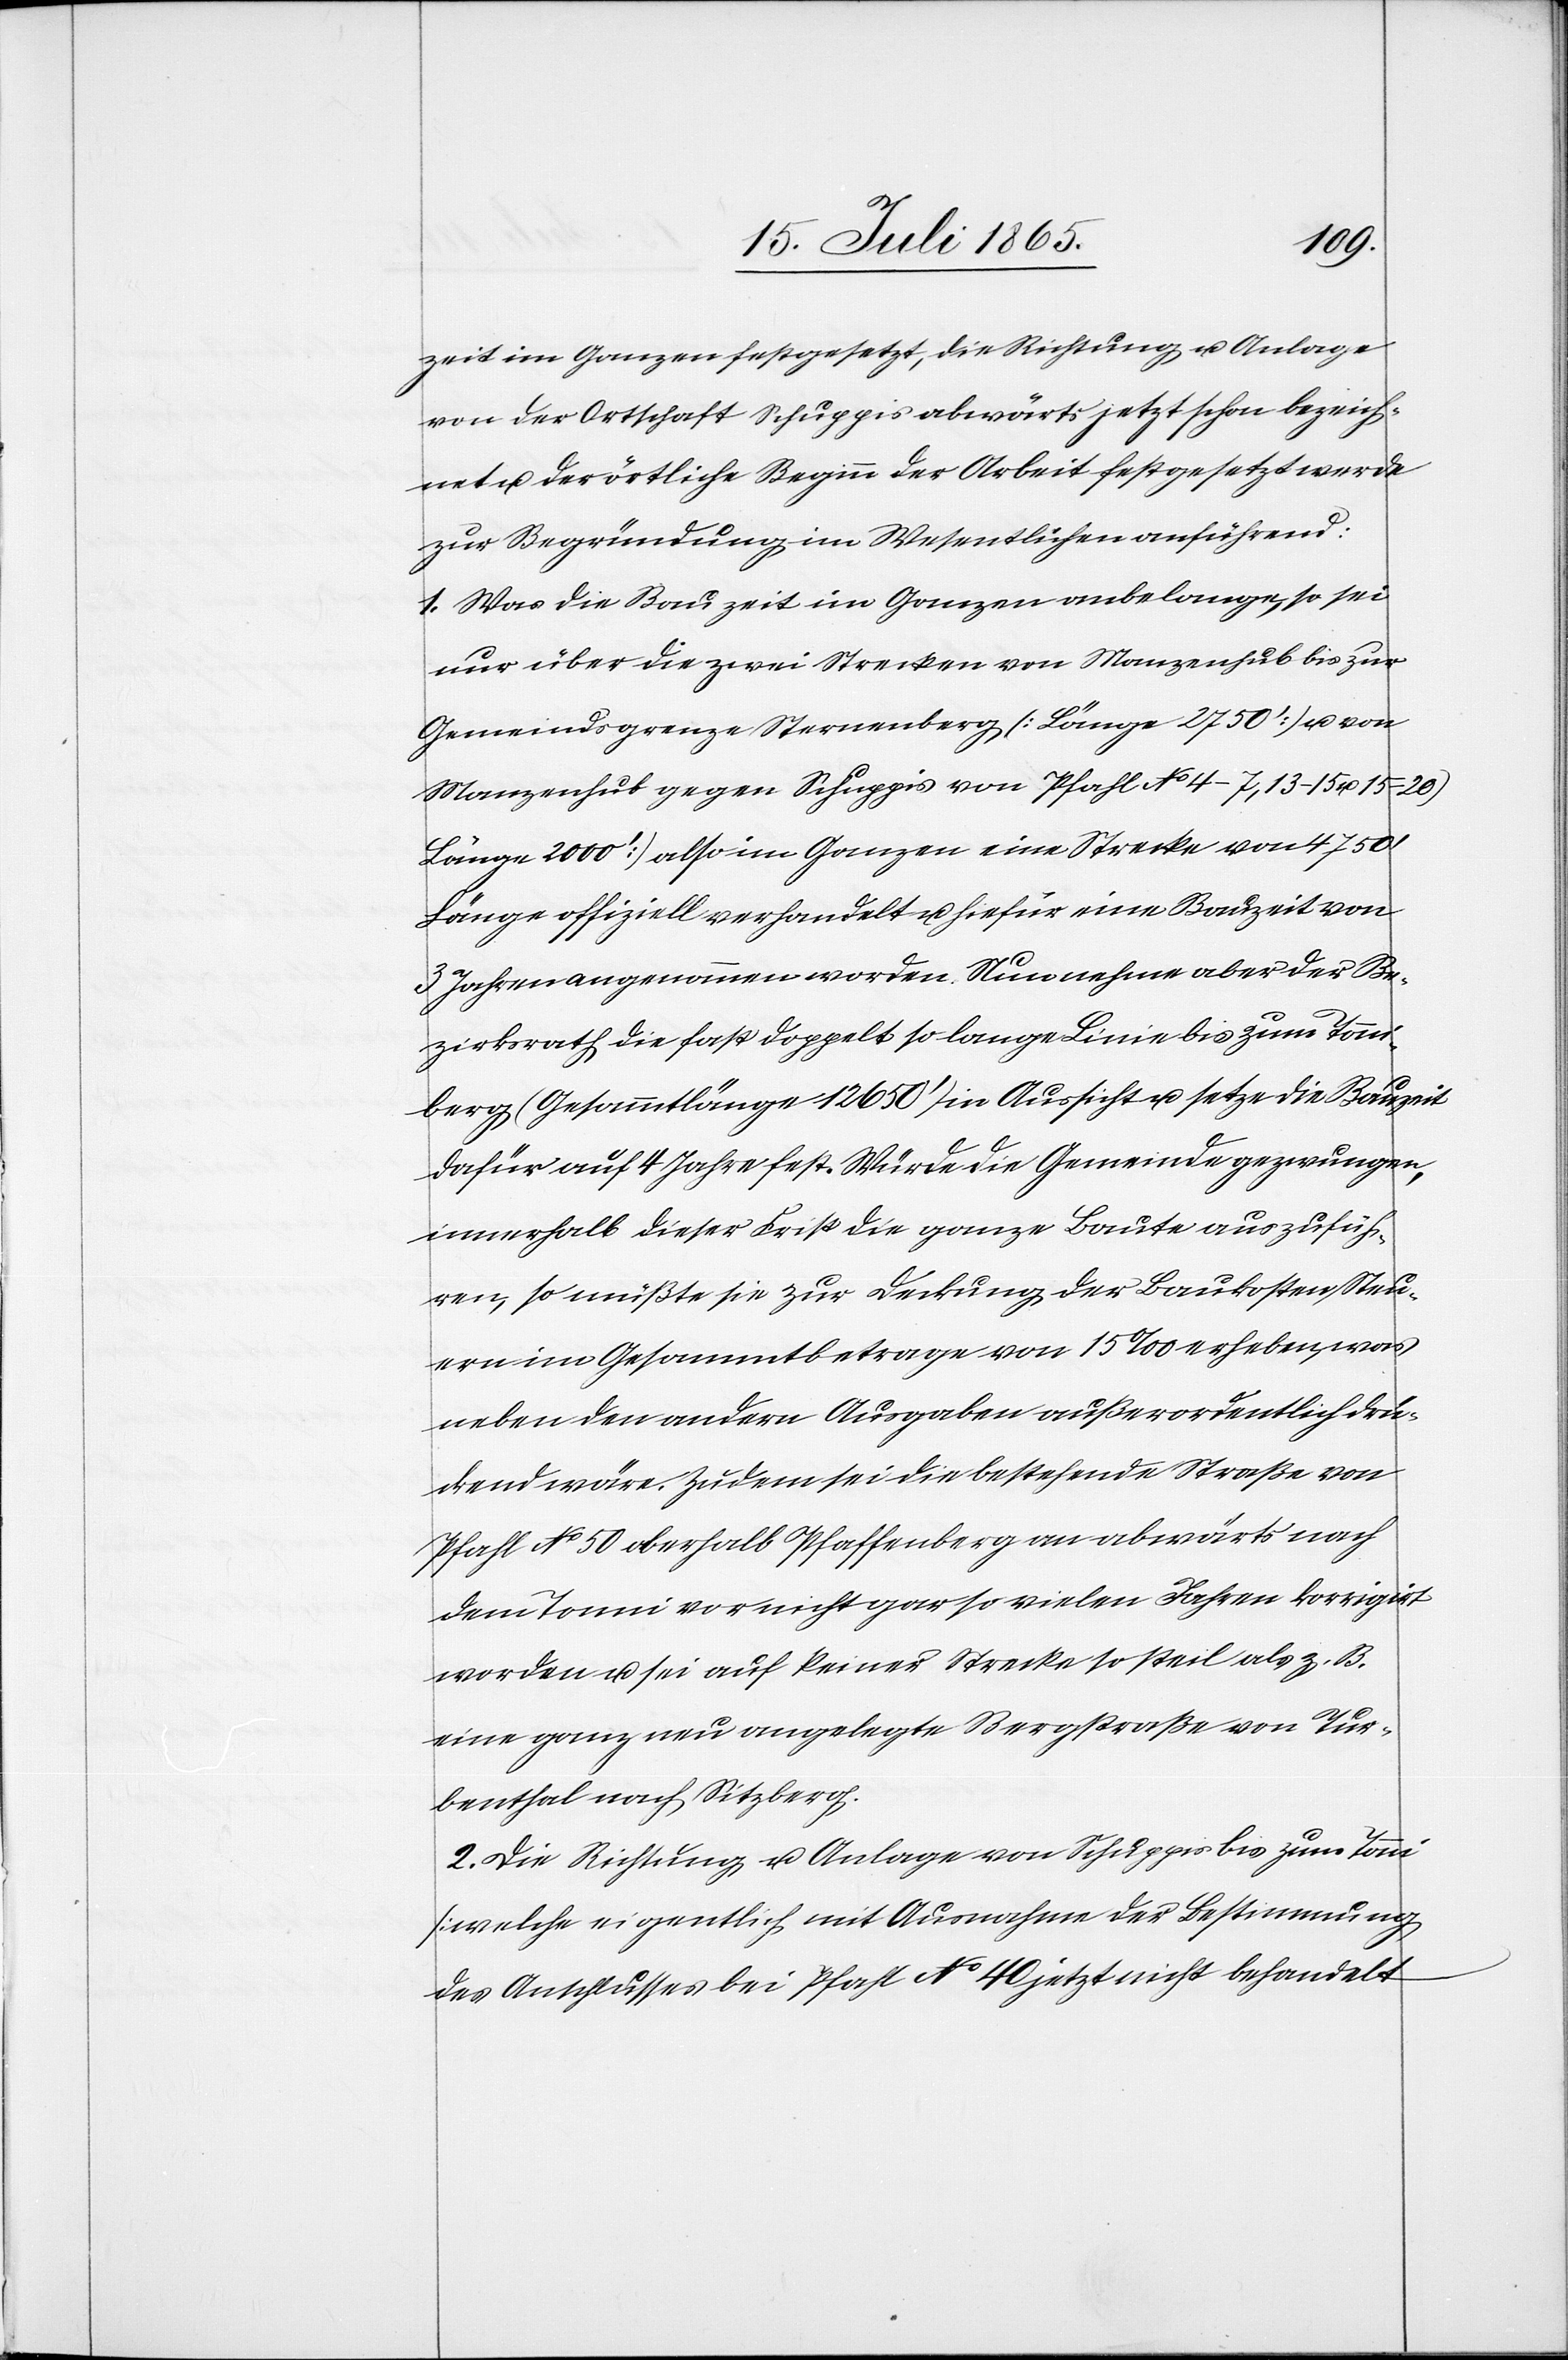
zeit im Ganzen festgesetzt, die Richtung u. Anlage
von der Ortschaft Schuppis abwärts jetzt schon bezeich¬
net u. der östliche Beginn der Arbeit festgesetzt werde
zur Begründung im Wesentlichen anführend:
1. Was die Bauzeit im Ganzen anbelange, so sei
nur über die zwei Strecken von Manzenhub bis zur
Gemeindsgrenze Sternenberg [Länge 2750’] u. von
Manzenhub gegen Schuppis von Pfahl No 4–7, 13–15 u.
(Länge 2000’) also im Ganzen eine Strecke von 4750’
Länge offiziell verhandelt u. hiefür eine Bauzeit von
3 Jahren angenommen worden. Nun nehme aber der Be¬
zirksrath die fast doppelt so lange Linie bis zum Tonni¬
berg (Gesammtlänge 12 650’) in Aussicht u. setze die Bauzeit
dafür auf 4 Jahre fest. Würde die Gemeinde gezwungen
innerhalb dieser Frist die ganze Baute auszufüh¬
ren, so müßte sie zur Deckung der Baukosten Steu¬
ern im Gesammtbetrage von 15 ‰ erheben, was
neben den andern Ausgaben außerordentlich drüc¬
kend wäre. Zudem sei die bestehende Straße von
Pfahl No 50 oberhalb Pfaffenberg an abwärts nach
dem Tonni vor nicht gar so vielen Jahren korrigirt
worden u. sei auf keiner Strecke so steil als z. B.
eine ganz neu angelegte Bergstraße von Tur¬
benthal nach Sitzberg.
2. Die Richtung u. Anlage von Schuppis bis zum Tonni
[welche eigentlich mit Ausnahme der Bestimmung
des Anschlusses bei Pfahl No 40 jetzt nicht behandelt